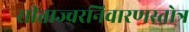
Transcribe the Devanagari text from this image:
सीताज्वरनिवारणस्तोत्र